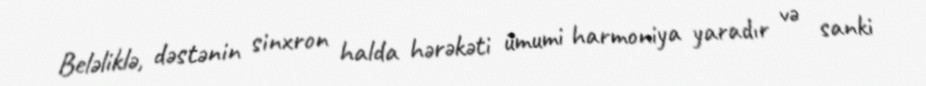
Beləliklə, dəstənin sinxron halda hərəkəti ümumi harmoniya yaradır və sanki